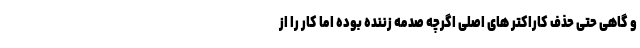
و گاهی حتی حذف کاراکتر های اصلی اگرچه صدمه زننده بوده اما کار را از